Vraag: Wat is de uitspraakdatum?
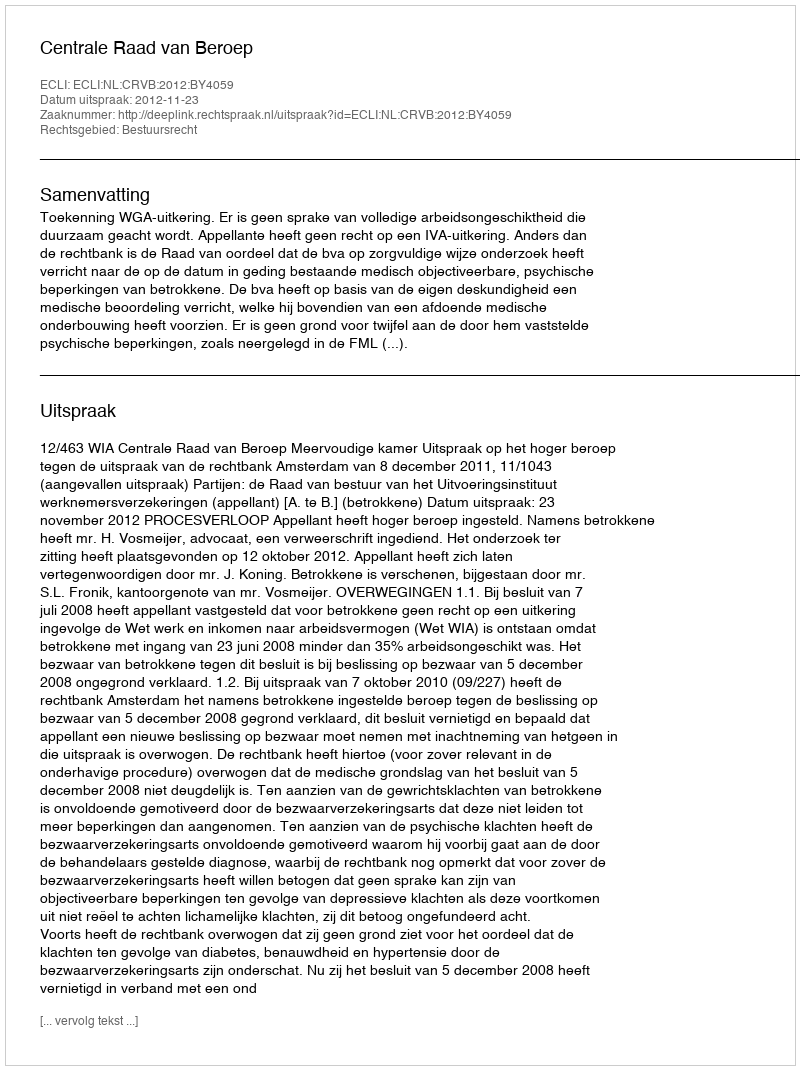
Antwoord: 2012-11-23